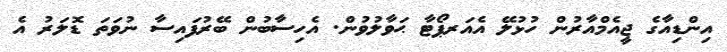
އިންޑިއާގެ ޖީއެމްއާރުން ހުޅުލޭ އެއަރޕޯޓާ ޙަވާލުވުން. އެހިސާބުން ބޭރުފައިސާ ނުވަތަ ޑޮލަރު އެ